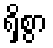
ရှိစွာ